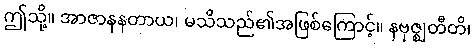
ဤသို့။ အာဇာနနတာယ၊ မသိသည်၏အဖြစ်ကြောင့်။ နဗုဇ္ဈတီတိ၊